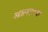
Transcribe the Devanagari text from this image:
आश्रयदात्या